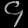
Digit: ၄